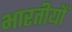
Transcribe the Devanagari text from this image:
भारतीयौं